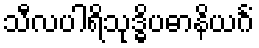
သီလပါရိသုဒ္ဓိပဓာနိယင်္ဂံ